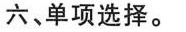
六、单项选择.